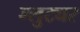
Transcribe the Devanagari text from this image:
ग्लुट्यर